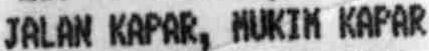
JALAN KAPAR, MUKIM KAPAR